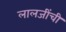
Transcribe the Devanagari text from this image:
लालजींची